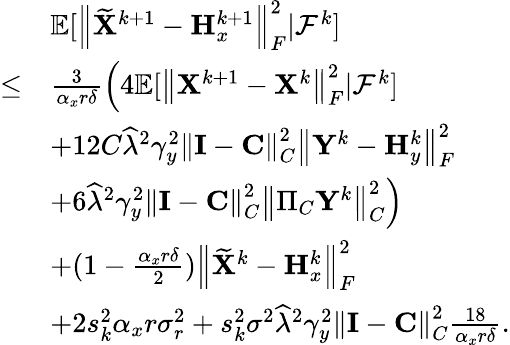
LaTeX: \begin{array}{rl}&{{\mathbb{E}}[\left\| \widetilde{{\mathbf{X}}}^{k+1}-{\mathbf{H}}_{x}^{k+1}\right\| _{F}^{2}\vert{\mathcal{F}}^{k}]}\\ {\leq}&{\frac{3}{\alpha_{x}r\delta}\Big(4{\mathbb{E}}[\left\| {\mathbf{X}}^{k+1}-{\mathbf{X}}^{k}\right\| _{F}^{2}\vert{\mathcal{F}}^{k}]}\\ &{+12C\widehat{\lambda}^{2}\gamma_{y}^{2}\left\| {\mathbf{I}}-{\mathbf{C}}\right\| _{C}^{2}\left\| {\mathbf{Y}}^{k}-{\mathbf{H}}_{y}^{k}\right\| _{F}^{2}}\\ &{+6\widehat{\lambda}^{2}\gamma_{y}^{2}\left\| {\mathbf{I}}-{\mathbf{C}}\right\| _{C}^{2}\left\| \Pi_{C}{\mathbf{Y}}^{k}\right\| _{C}^{2}\Big)}\\ &{+(1-\frac{\alpha_{x}r\delta}{2})\left\| \widetilde{{\mathbf{X}}}^{k}-{\mathbf{H}}_{x}^{k}\right\| _{F}^{2}}\\ &{+2s_{k}^{2}\alpha_{x}r\sigma_{r}^{2}+s_{k}^{2}\sigma^{2}\widehat{\lambda}^{2}\gamma_{y}^{2}\left\| {\mathbf{I}}-{\mathbf{C}}\right\| _{C}^{2}\frac{18}{\alpha_{x}r\delta}.}\end{array}